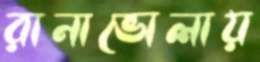
রানাভোলায়